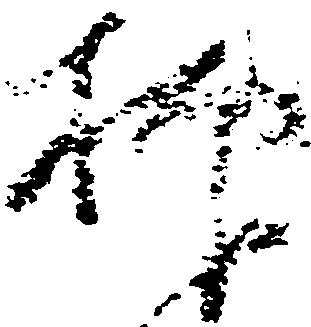
抑